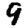
Digit: 9